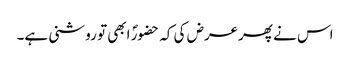
اس نے پھرعرض کی کہ حضورؐ ابھی تو روشنی ہے۔